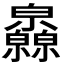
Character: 𤿁